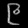
Digit: ၉